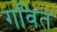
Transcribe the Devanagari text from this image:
गवित